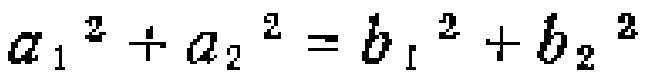
$a_{1}^{2}+a_{2}^{2}=b_{1}^{2}+b_{2}^{2}$